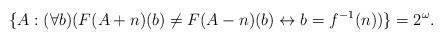
LaTeX: \begin{align*}\{A: (\forall b)(F(A+n)(b)\ne F(A-n)(b)\leftrightarrow b=f^{-1}(n))\} = 2^\omega.\end{align*}